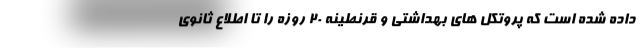
داده شده است که پروتکل های بهداشتی و قرنطینه ۲۰ روزه را تا اطلاع ثانوی